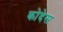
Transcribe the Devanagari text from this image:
कोदेस